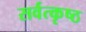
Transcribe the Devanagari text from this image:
सर्वत्कृष्ठ